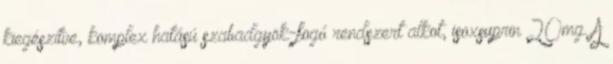
kiegészítve, komplex hatású szabadgyök-fogó rendszert alkot, isoxsuprin 20mg. A